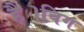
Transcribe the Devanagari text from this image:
है।बिग